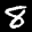
Label: 8